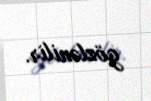
gözlənilir.